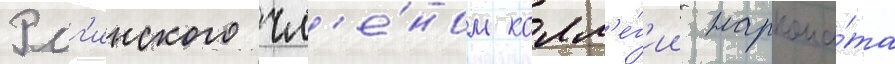
Рог'инского чл'е́ном колл'е́г'ии наркома́та